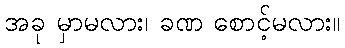
အခု မှာမလား၊ ခဏ စောင့်မလား။